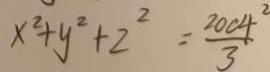
x ^ { 2 } + y ^ { 2 } + 2 ^ { 2 } = \frac { 2 0 0 4 } { 3 } ^ { 2 }